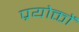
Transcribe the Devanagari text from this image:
प्रयोक्तों